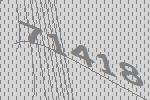
71418